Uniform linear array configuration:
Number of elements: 48
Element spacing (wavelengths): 0.75
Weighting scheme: exponential
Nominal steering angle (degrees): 60
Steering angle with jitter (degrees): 59.835
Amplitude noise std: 0.05
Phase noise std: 0.05

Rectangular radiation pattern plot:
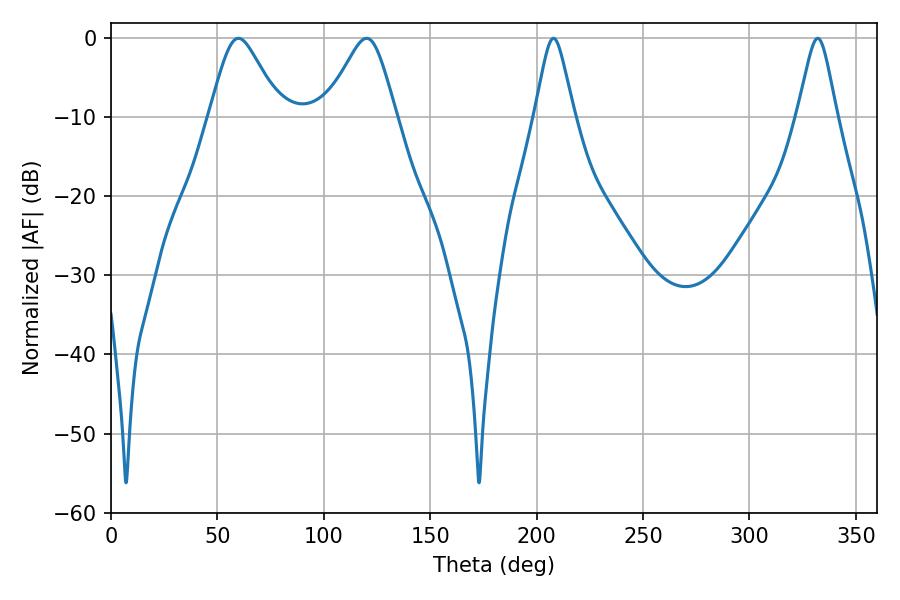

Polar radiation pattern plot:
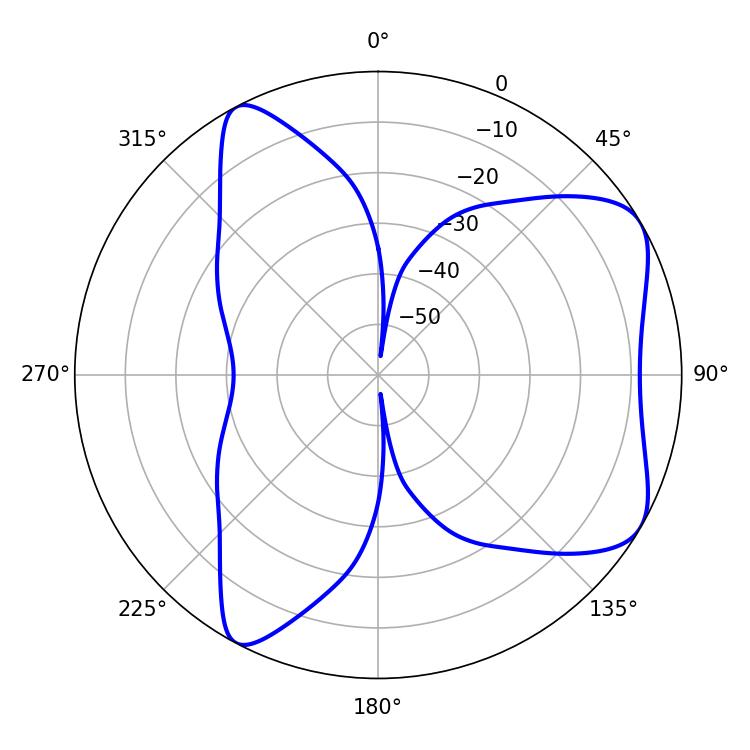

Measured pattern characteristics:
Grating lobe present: TRUE
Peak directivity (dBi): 6.55
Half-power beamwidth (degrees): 8.82
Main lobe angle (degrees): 207.9